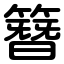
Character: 簪